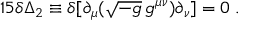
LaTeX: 1 5 \delta \Delta _ { 2 } \equiv \delta [ \partial _ { \mu } ( \sqrt { - g } \, g ^ { \mu \nu } ) \partial _ { \nu } ] = 0 \; .